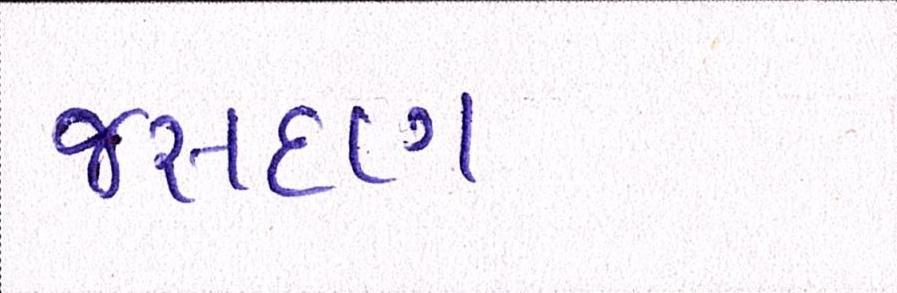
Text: જસદણ